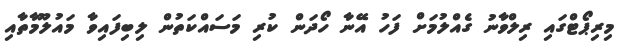
މިރިޕޯޓްގައި ރިލްވާނު ގެއްލުމަށް ފަހު އޭނާ ހޯދަން ކުރި މަސައްކަތުން ލިބިފައިވާ މައުލޫމާތާއި